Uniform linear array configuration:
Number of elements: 64
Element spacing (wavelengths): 0.75
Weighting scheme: cosine
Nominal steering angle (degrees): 15
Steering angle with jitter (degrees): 16.82
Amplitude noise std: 0.05
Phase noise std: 0.05

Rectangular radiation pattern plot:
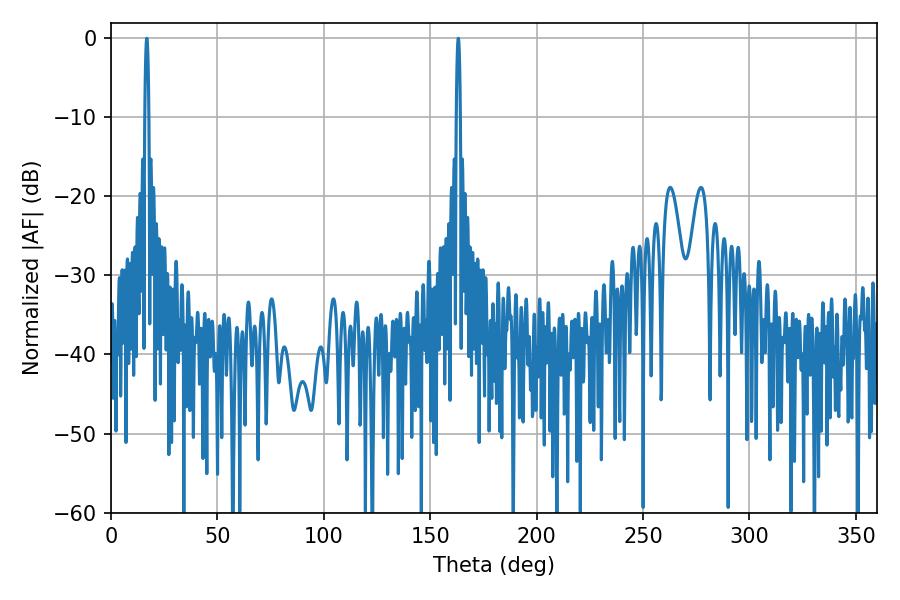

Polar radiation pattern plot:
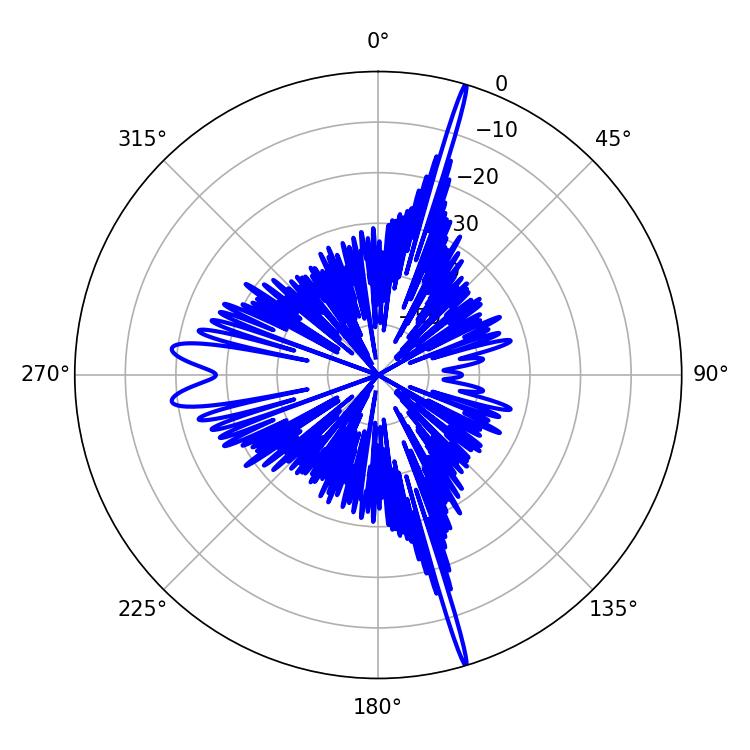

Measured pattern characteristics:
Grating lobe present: TRUE
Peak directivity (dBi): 23.247
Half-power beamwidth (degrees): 0.9
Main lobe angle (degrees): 163.26